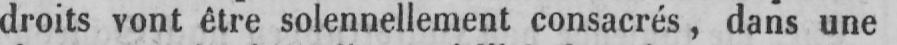
droits vont être solennellement consacrés, dans une